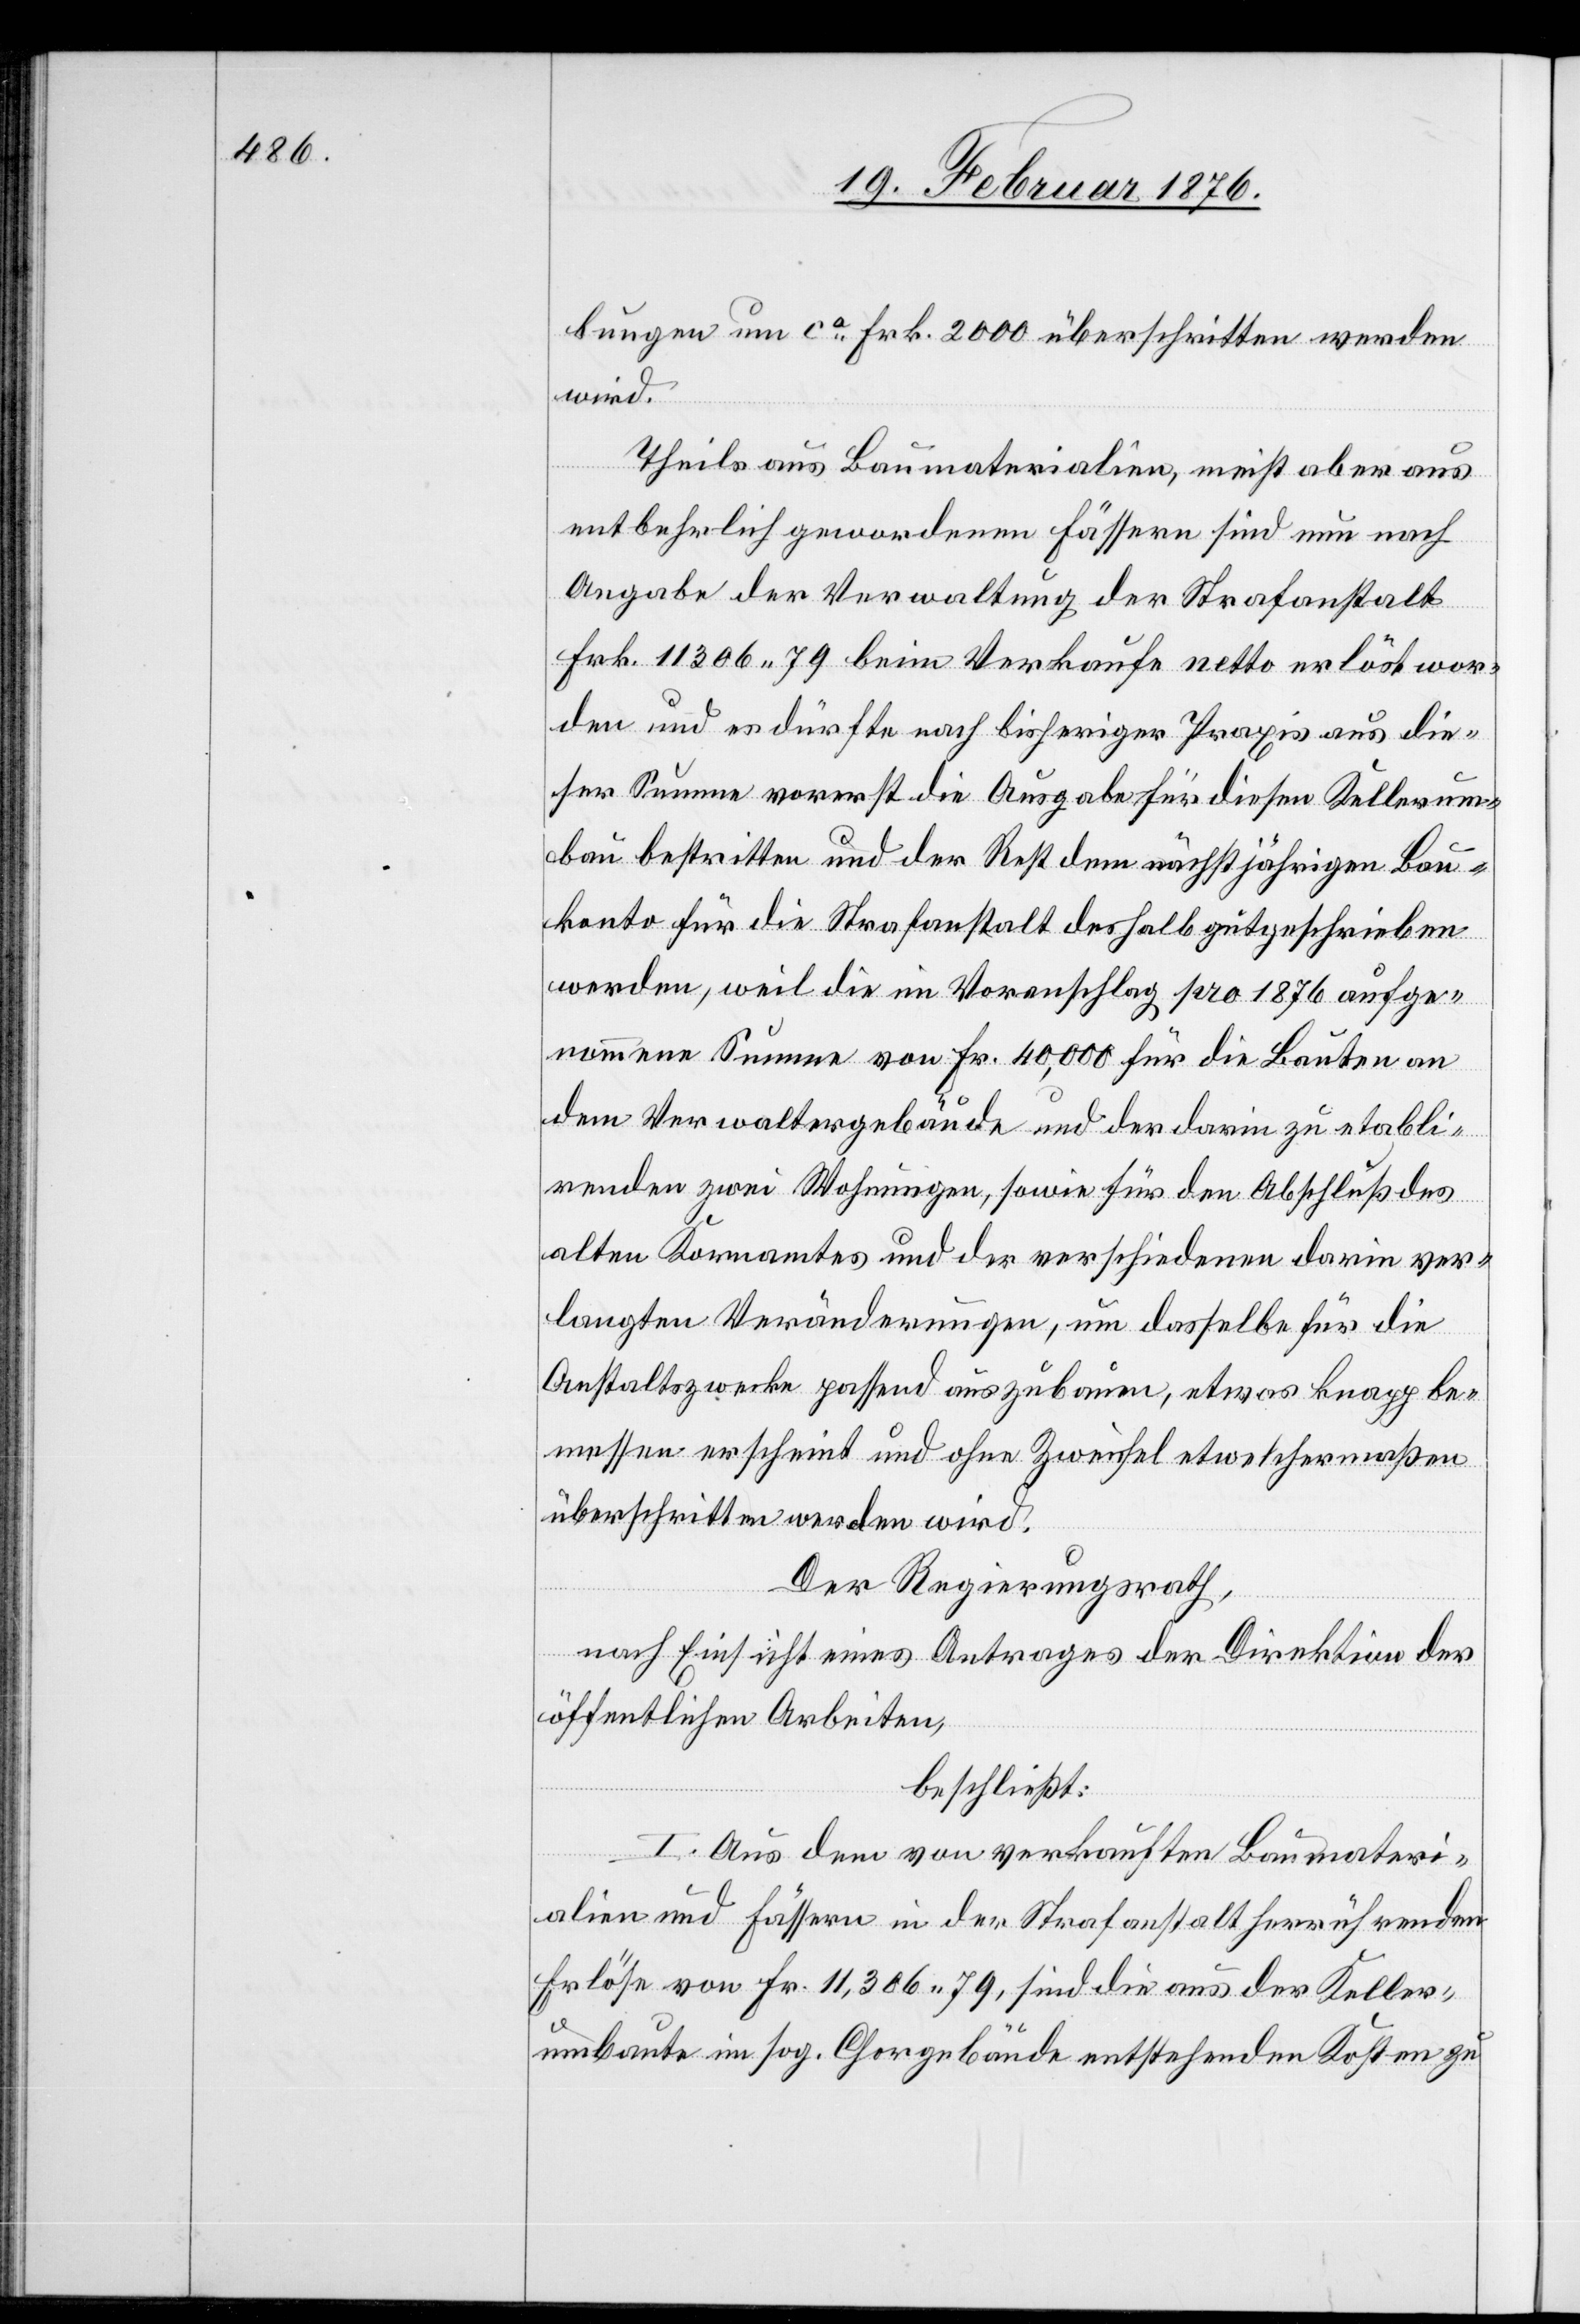
bungen um ca Frk. 2000 überschritten wird.
Theils aus Baumaterialien, meist aber aus
entbehrlich gewordenen Fässern sind nun nach
Angabe der Verwaltung der Strafanstalt
Frk. 11306 79 beim Verkaufe netto erklärt wor¬
den und es dürfte nach bisheriger Praxis aus die¬
ser Summe vorerst die Ausgabe für diesen Kellerum¬
bau bestritten und der Rest dem nächstjährlichen Bau¬
konto für die Strafanstalt deshalb gutgeschrieben
werden, weil die im Voranschlag pro 1876 aufge¬
nommene Summe von Fr. 40,000 für die Bauten an
dem Verwaltungsgebäude und der darin zu etabli¬
renden zwei Wohnungen, sowie für den Abschluß des
alten Kornamtes und der verschiedenen darin ver¬
langten Veränderungen, um dasselbe für die
Anstaltszwecke passend auszubauen, etwas knapp be¬
messen erscheint und ohne Zweifel etwelchermaßen
überschritten werden wird.
Der Regierungsrath,
nach Einsicht eines Antrages der Direktion der
öffentlichen Arbeiten,
beschließt:
I. Aus dem von verkauften Baumateri¬
alien und Fässern in der Strafanstalt herrührenden
Erlöse von Fr. 11,386 79, sind die aus der Keller¬
umbaute im sog. Chorgebäude entstehenden Kosten zu